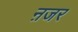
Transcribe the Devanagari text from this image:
ऩजर